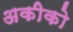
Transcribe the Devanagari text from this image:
अकीको